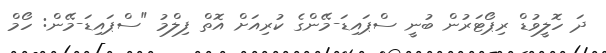
ދަ ހޮލީވުޑް ރިޕޯޓަރުން ބުނީ ސްޕައިޑަ-މޭންގެ ކުރިއަށް އޮތް ފިލްމު "ސްޕައިޑަ-މޭން: ހޯމް